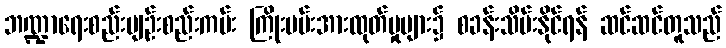
ဘဏ္ဍာရေးစည်းမျဉ်းစည်းကမ်း ကြိုးပမ်းအားထုတ်မှုများ၌ စခန်းသိမ်းနိုင်ရန် ဆင်ဆင်တူသည်